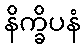
နိက္ခိပနံ